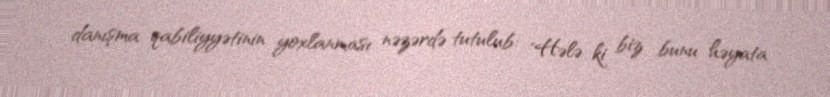
danışma qabiliyyətinin yoxlanması nəzərdə tutulub: "Hələ ki biz bunu həyata